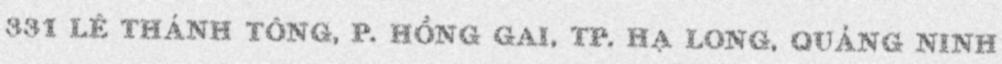
331 LÊ THÁNH TÔNG, P. HỒNG GAI, TP. HẠ LONG, QUẢNG NINH